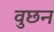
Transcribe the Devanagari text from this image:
वुछन